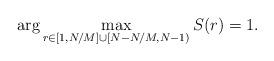
LaTeX: \begin{align*}\arg \max_{r \in [1, N/M]\cup[N - N/M, N-1) } S(r) = 1.\end{align*}